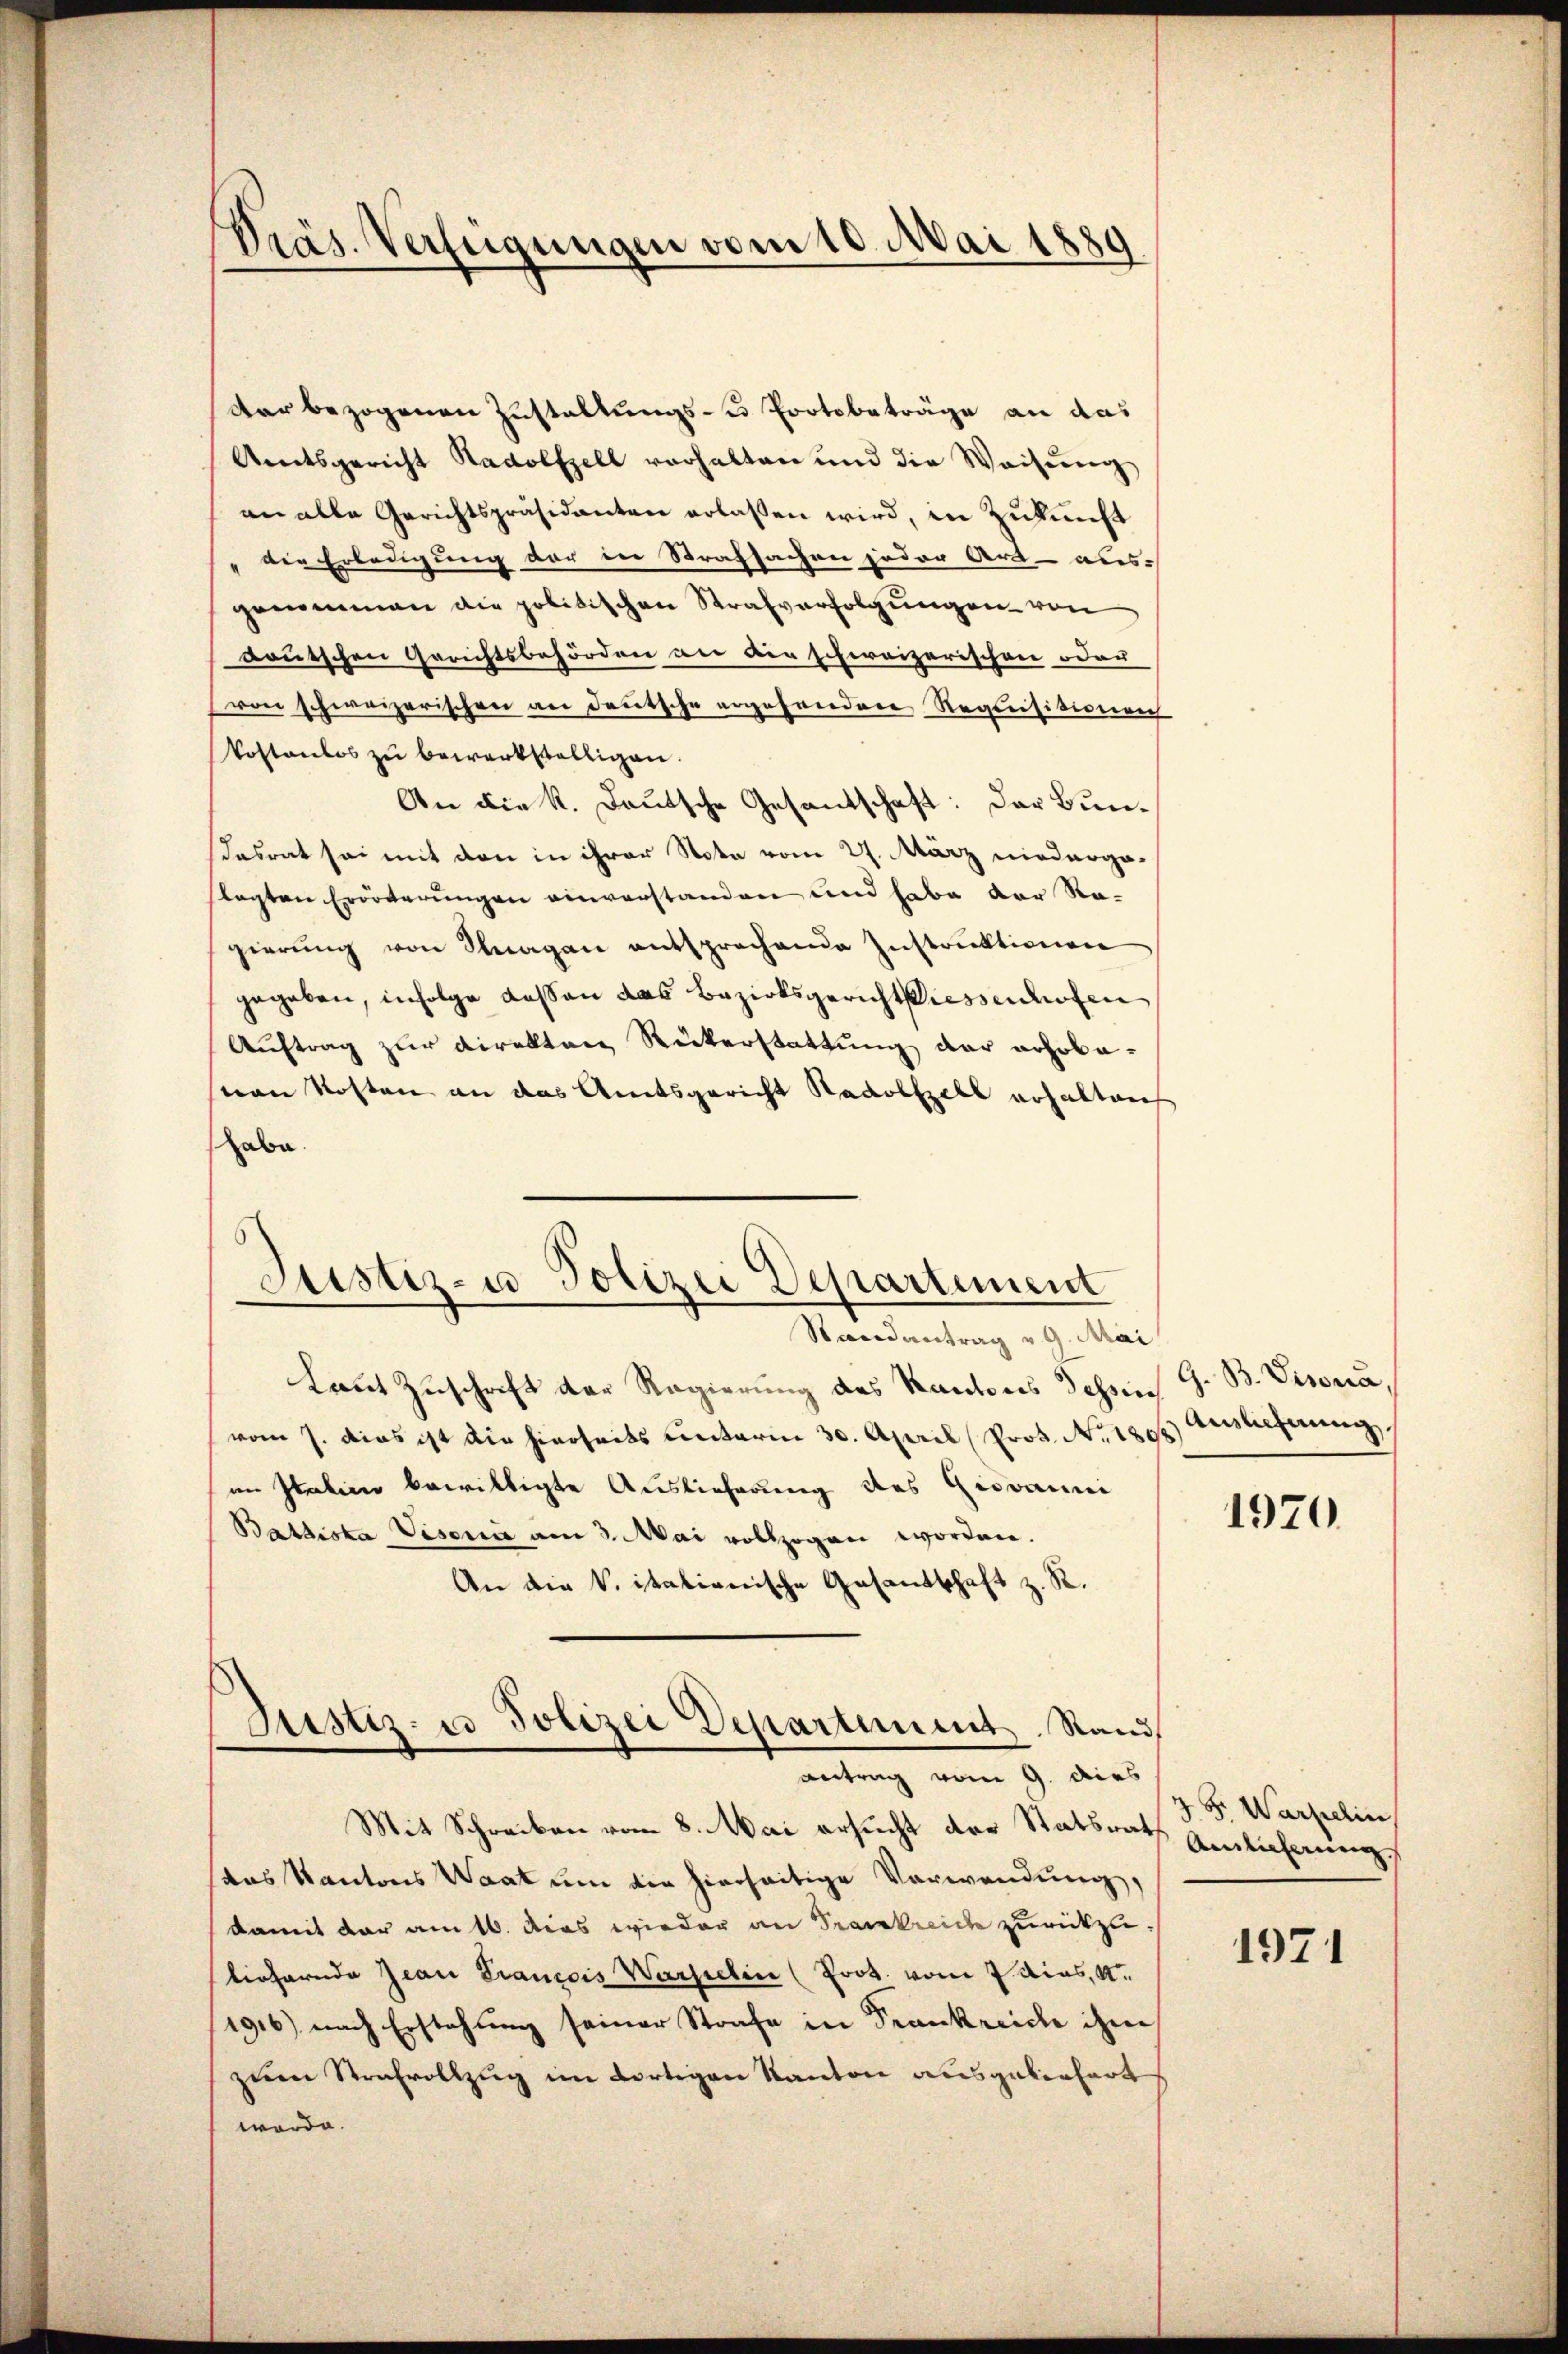
Präs. Verfügungen vom 10. Mai 1889

dar bezogenen Zustallungs- u Portobeträge an das
Amtsgericht Radolfzell verhalten und die Weisung
an alle Gerichtspräsidanten erlassen wird, in Zukunft
die Erledigung der in Strafsachen jeder Art- aus-
genommen die politischen Strafverfolgungen von
goutschen Gerichtsbehörden an dir schweizerischen oder
von schweizerischen an deutsche ergehenden Requisitionen
kostenlos zu bewerkställigen.
An die K. Deutsche Gesantschaft: Der Bun¬
Tasrat sei mit den in ihrer Nota vom 27. März niederga-
lagten Erörterungen einverstanden und habe der Ragierŭng von Stragen entsprechende Instruktionen
gegeben, infolge dessen das Bezirksgericht ressenhofen
Auftrag zur Direkten Rükerstattung der erhobenen Kosten an das Amtsgericht Radolszell erhaltens
habe.
Randantrag v. 9. Mai
kaut Zuschrift der Regierung des Kantons Tessin G. B. Visona,
vom 7. dies ist die hierseits unterm 30. April (Prot. No. 1896) Auslieferung
im Italine bewilligte Auslieferung des Giovanni
Battiska Visori am 3. Mai vollzogen worden.
An die V. itationische Gesandtschaft z. R.
Justiz- u Polizei Departement. Stand,
Antrag vom 9. dies
Mit Schreiben vom 8. Mai ersucht der Statsrath
das Kantons Waat um die hierseitige Verwendung,
damit der am 16. Dies wieder an Frankreich zurückzuliehernde Jean Francois Warpelin (Prot. vom 7. dies,
1916) nach Erstehung seiner Strafe in Frankreiche ihm
zum Strafvollzug im dortigen Kanton ausgeberfert
werde.

Justiz- u Polizei Departement

1970.

J. F. Warpelin,
Ainlicherung

1971